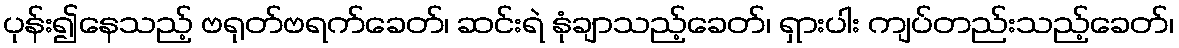
ပုန်း၍နေသည့် ဗရုတ်ဗရက်ခေတ်၊ ဆင်းရဲ နုံချာသည့်ခေတ်၊ ရှားပါး ကျပ်တည်းသည့်ခေတ်၊